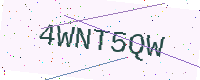
Text: 4WNT5QW